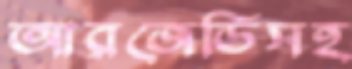
আরজেডিসহ